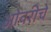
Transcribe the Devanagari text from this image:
ओवरीचे